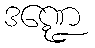
ဒဏ္ဍေ